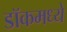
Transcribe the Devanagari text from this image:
डॉकमध्ये